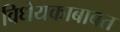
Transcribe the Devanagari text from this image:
विधेयकाबाबत